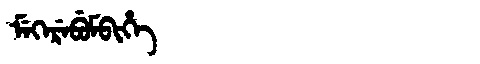
Manchu: ᠮᡝᡴᡝᡵᡝᠪᡠᠮᠪᡳᡥᡝ
Romanization: MEKEREBUMBIHE